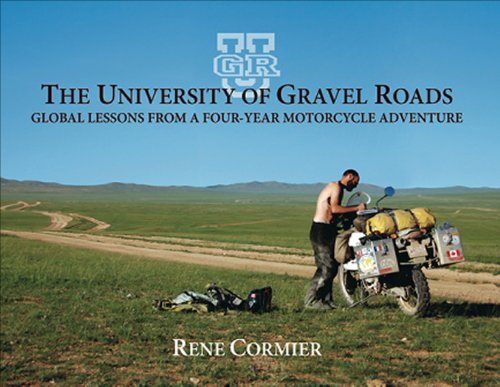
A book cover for The University of Gravel Roads: lobal Lessons from a Four-Year Motorcycle Adventure; Rene Cormier; Sports & Outdoors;